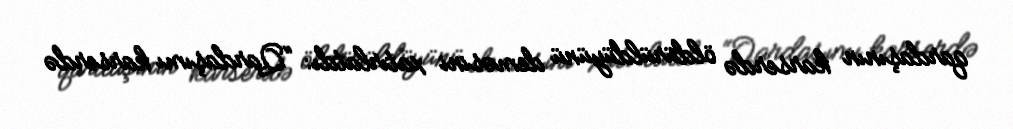
qardaşının karserdə öldürüldüyünü deməsini xatırlatdı: “Qardaşımı karserdə